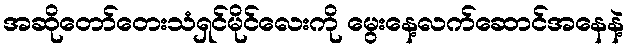
အဆိုတော်တေးသံရှင်မိုင်လေးကို မွေးနေ့လက်ဆောင်အနေနဲ့